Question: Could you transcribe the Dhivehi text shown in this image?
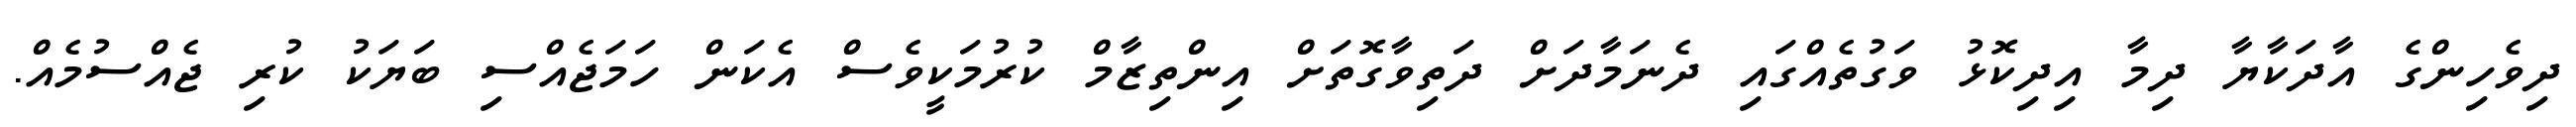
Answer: ދިވެހިންގެ އާދަކާޔާ ދިމާ އިދިކޮޅު ވަގުތެއްގައި ދެނަމާދަށް ދަތިވާގޮތަށް އިންތިޒާމް ކުރުމަކީވެސް އެކަން ހަމަޖެއްސި ބަޔަކު ކުރި ޖެއްސުމެއް.